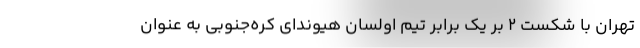
تهران با شکست ۲ بر یک برابر تیم اولسان هیوندای کره‌جنوبی به عنوان